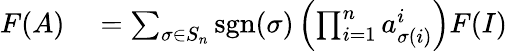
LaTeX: \begin{array}{rl}{F(A)}&{{}=\sum_{\sigma\in S_{n}}\operatorname{sgn}(\sigma)\left(\prod_{i=1}^{n}a_{\sigma(i)}^{i}\right)F(I)}\end{array}